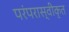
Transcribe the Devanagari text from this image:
परंपरास्वीकृत